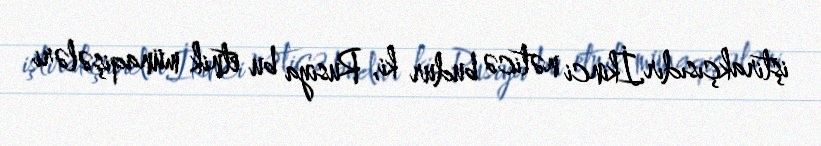
iştirakçısıdır.İkinci nəticə budur ki, Rusiya bu etnik münaqişələri